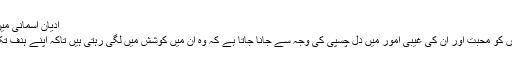
ادیان آسمانی میں نجات دہندہ:
مشرقی تہذیبوں کو محبت اور ان کی غیبی امور میں دل چسپی کی وجہ سے جانا جاتا ہے کہ وہ ان میں کوشش میں لگی رہتی ہیں تاکہ اپنے ہدف تک پہنچ سکیں۔